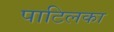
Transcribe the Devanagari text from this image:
पाटिलका